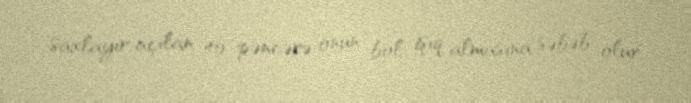
saxlayır, açılan 40 pəncərə onun bol işıq almasına səbəb olur.